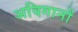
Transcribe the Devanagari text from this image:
अविगानों